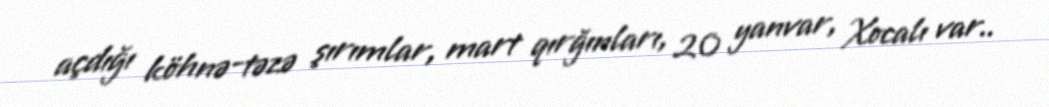
açdığı köhnə-təzə şırımlar, mart qırğınları, 20 yanvar, Xocalı var..